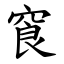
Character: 䆡